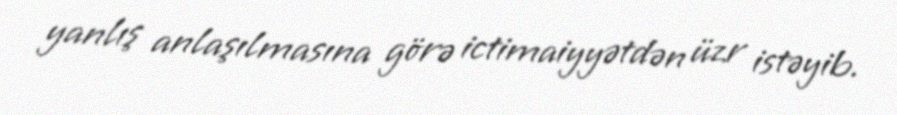
yanlış anlaşılmasına görə ictimaiyyətdən üzr istəyib.